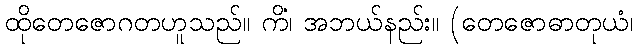
ထိုတေဇောဂတဟူသည်။ ကိံ၊ အဘယ်နည်း။ (တေဇောဓာတုယံ၊